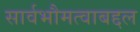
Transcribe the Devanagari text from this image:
सार्वभौमत्वाबद्दल